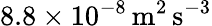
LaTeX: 8.8\times 10^{-8}\, \mathrm{m^{2}\, s^{-3}}